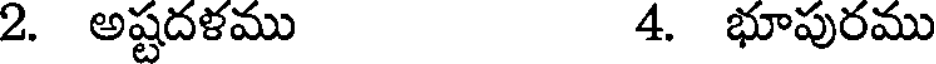
2. అష్టదళము 4. భూపురము